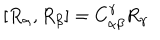
[ R _ { \alpha } , R _ { \beta } ] = C _ { \alpha \beta } ^ { \gamma } R _ { \gamma }